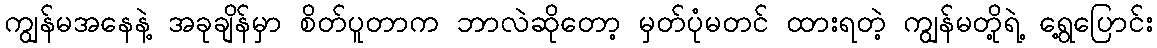
ကျွန်မအနေနဲ့ အခုချိန်မှာ စိတ်ပူတာက ဘာလဲဆိုတော့ မှတ်ပုံမတင် ထားရတဲ့ ကျွန်မတို့ရဲ့ ရွေ့ပြောင်း